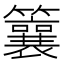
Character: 䉴